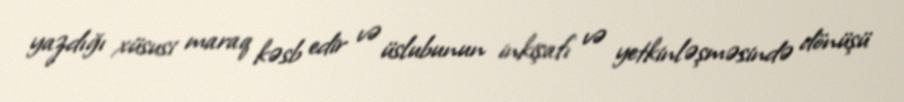
yazdığı xüsusi maraq kəsb edir və üslubunun inkişafı və yetkinləşməsində dönüşü